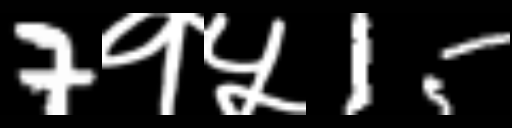
Text: 7१५15